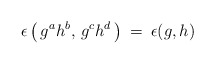
\begin{align*}\epsilon\left( \, g^a h^b, \, g^c h^d \, \right) \: = \:\epsilon(g,h)\end{align*}